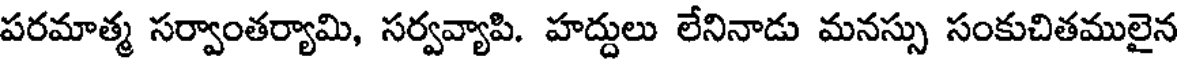
పరమాత్మ సర్వాంతర్యామి, సర్వవ్యాపి. హద్దులు లేనినాడు మనస్సు సంకుచితములైన